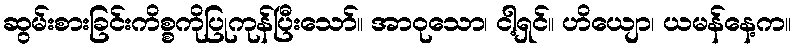
ဆွမ်းစားခြင်းကိစ္စကိုပြုကုန်ပြီးသော်။ အာဝုသော၊ ငါ့ရှင်။ ဟိယျော၊ ယမန်နေ့က။